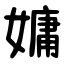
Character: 嫞